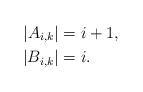
LaTeX: \begin{align*}|A_{i,k}| & = i +1,\\|B_{i,k}| & = i.\end{align*}